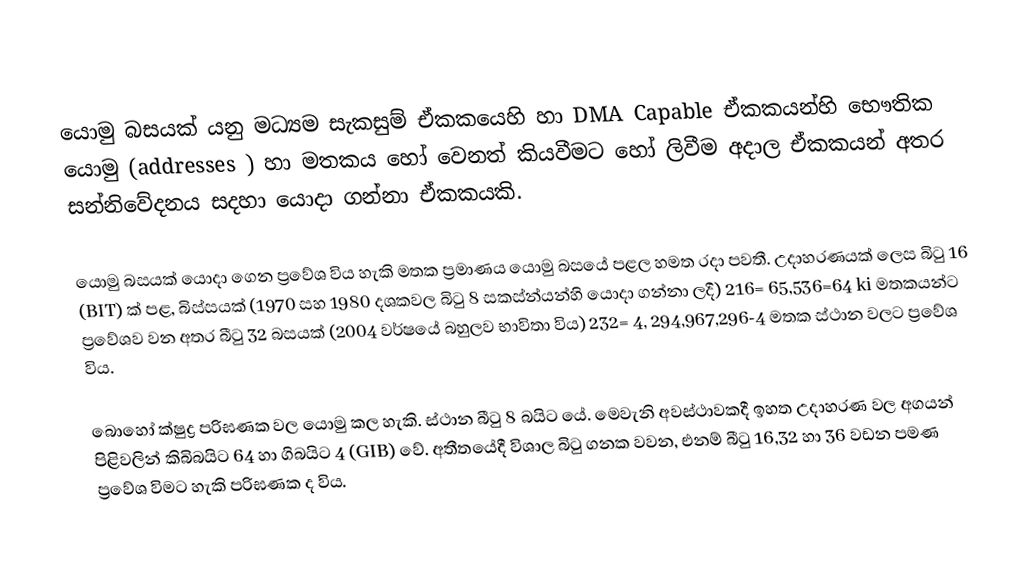
යොමු බසයක් යනු මධ්‍යම  සැකසුම් ඒකකයෙහි හා DMA Capable  ඒකකයන්හි භෞතික යොමු  (addresses ) හා මතකය හෝ වෙනත් කියවීමට හෝ ලිවීම අදාල ඒකකයන් අතර සන්නිවේදනය සදහා යොදා ගන්නා ඒකකයකි.

‍යොමු බසයක් යොදා ගෙන ප්‍රවේශ විය හැකි මතක ප්‍රමාණය යොමු බසයේ පළල හමත රදා පවතී. උදාහරණයක් ලෙස බිටු 16 (BIT) ක් පළ, බිස්සයක් (1970 සහ 1980 දශකවල බිටු 8 සකස්න්යන්හි යොදා ගන්නා ලදී) 216= 65,536=64 ki  මතකයන්ට ප්‍රවේශව වන අතර බීටු 32 බසයක් (2004 වර්ෂයේ බහුලව භාවිතා විය) 232= 4, 294,967,296-4  මතක ස්ථාන වලට ප්‍රවේශ විය.

බොහෝ ක්ෂුද්‍ර පරිඝණක වල යොමු කල හැකි. ස්ථාන බීටු 8 බයිට යේ. මෙවැනි අවස්ථාවකදී ඉහත උදාහරණ වල අගයන් පිළිවලින් කිබිබයිට  64 හා ගිබයිට 4 (GIB) වේ. අතීතයේදී විශාල බිටු ගනක වවන, එනම් බීටු 16,32 හා 36 වඩන පමණ ප්‍රවේශ විමට හැකි පරිඝණක ද විය.